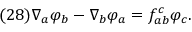
( 2 8 ) \nabla _ { a } \varphi _ { b } - \nabla _ { b } \varphi _ { a } = f _ { a b } ^ { c } \varphi _ { c } .